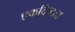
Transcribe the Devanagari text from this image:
एकदिष्टता